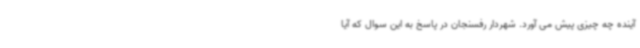
آینده چه چیزی پیش می آورد. شهردار رفسنجان در پاسخ به این سوال که آیا